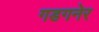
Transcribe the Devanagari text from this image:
गडगनेर